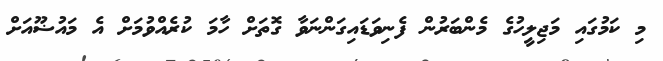
މި ކަމުގައި މަޖިލީހުގެ މެންބަރުން ފެނިވަޑައިގަންނަވާ ގޮތަށް ހާމަ ކުރެއްވުމަށް އެ މައުޟޫއަށް